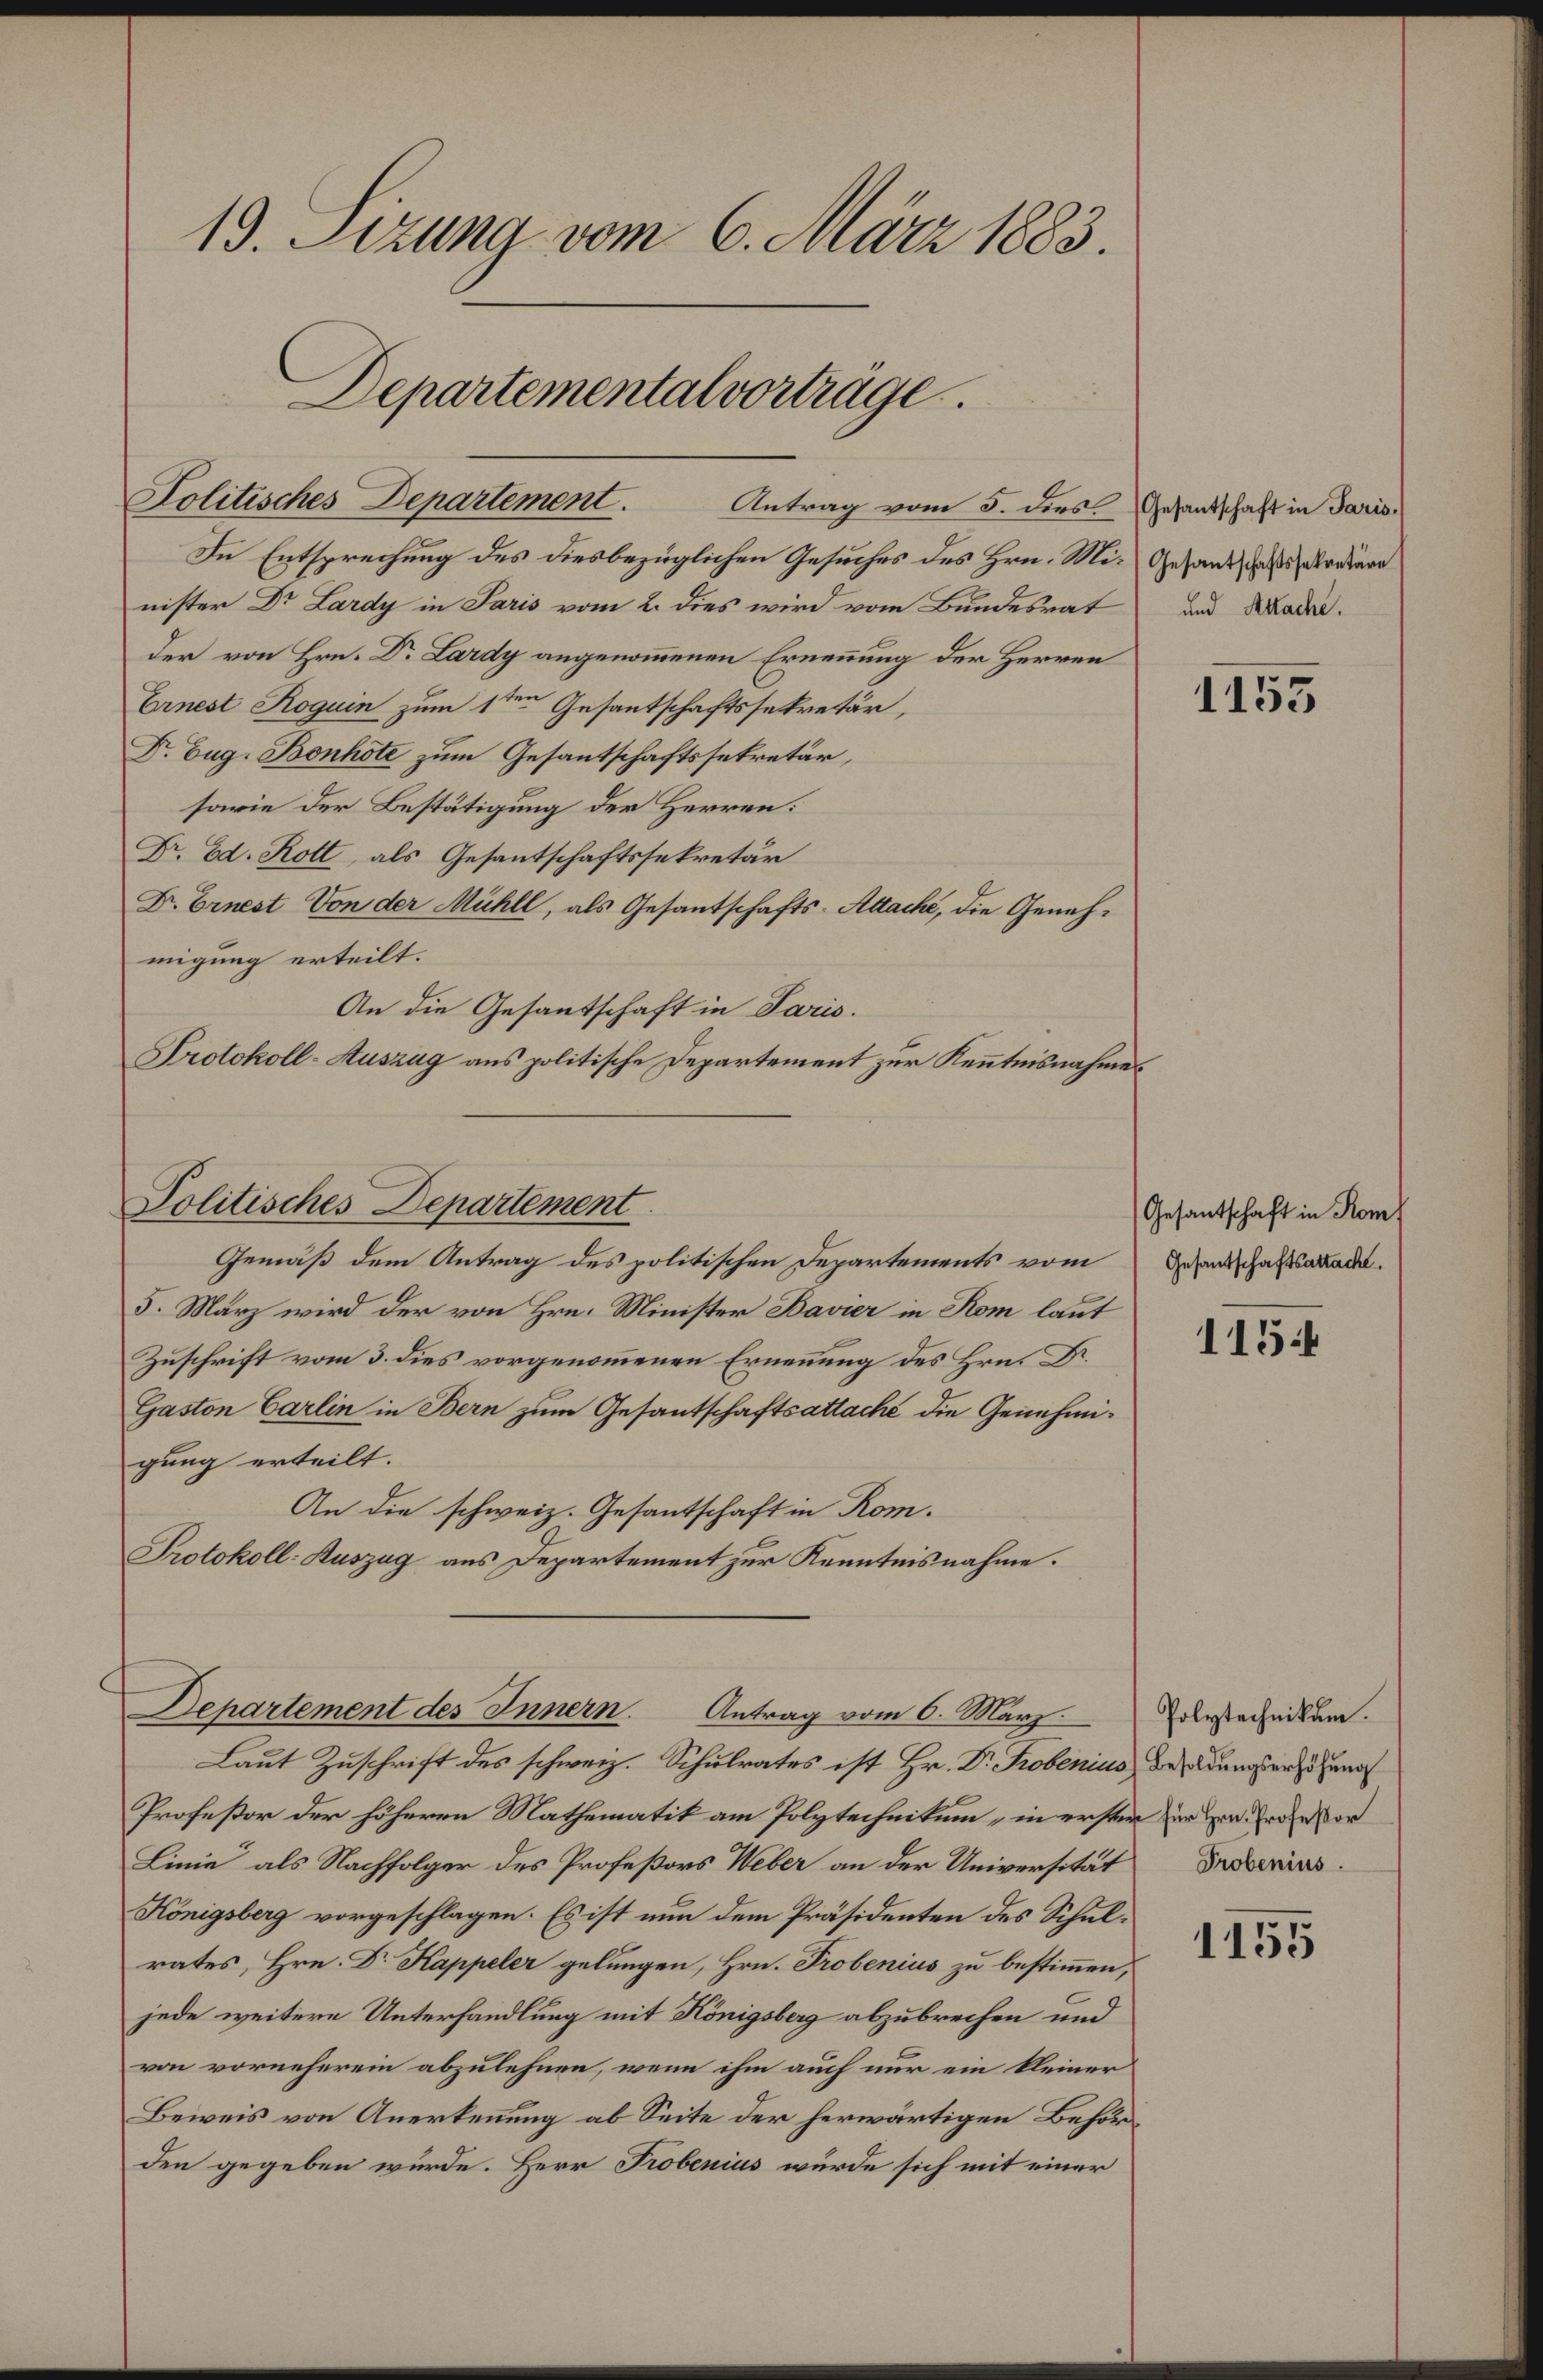
13. Sizung vom 6. März 1883.

Politisches Departement. Antrag vom 5. dies. Gesandschaft in Paris
In Entsprechung des diesbezüglichen Gesuches des Hrn. Mi-Gesandschaftssekretäre
nister Dr. Lardy in Paris vom 2. dies wird vom Bundesrat und Mad.
der von Hrn. Dr. Lardy angenommenen Ernennung der Herren
Ernest Roguin zum 1ten Gesantschaftssekretär,
Dr. Eug. Bonhote zum Gesantschaftssekretär,
sowie der Bestätigung der Herren:
Dr. Ed. Rott, als Gesantschaftssekretär
Dr. Ernest Von der Mühll, als Gesantschafts-Attache, die Genehmigung erteilt.
An die Gesantschaft in Paris.
Protokoll-Auszug aus politische Departement zur Kenntnisnahmes

Politisches Departement

Departemental vorträge.

Gemäß dem Antrag des politischen Departements vom
5. März wird der von Hrn. Minister Bavier in Rom laut
Zuschrift vom 3. dies vorgenommenen Ernennung des Hrn. Dr.
Gaston Carlin in Bern zum Gesantschaftsattache die Genehmigung erteilt.
An die schweiz. Gesantschaft in Rom.
Protokoll-Auszug aus Departement zur Kenntnisnahme.
Laut Zuschrift des schweiz. Schulrates ist Hr. Dr. Probenius besoldungserhöhun
Profeßor der höheren Mathematik am Polytechnikum, in ersten er zur Erden vor
Linie als Nachfolger des Profeßors Weber an der Universität Provenius
Königsberg vorgeschlagen. Es ist nun dem Präsidenten des Schulrates, Hrn. Dr Kappeler gelungen, Hrn. Probenius zu bestimmen,
jede weitere Unterhandlung mit Königsberg abzubrechen und
von vorneherein abzulehnen, wenn ihm auch nur ein kleiner
Beweis von Anerkennung ab Seite der herwärtigen Behörden gegeben würde. Herr Probenius wurde sich mit einer

Departement des Innern. Antrag vom 6. März

1155

Gesantschaft in Kom
Gesandtschaftssattache.

115

Polytechnikum.

1155